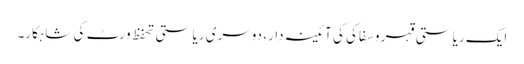
ایک ریاستی قہر و سفاکی کی آئینہ دار، دوسری ریاستی تحفظ و رٹ کی شاہکار۔